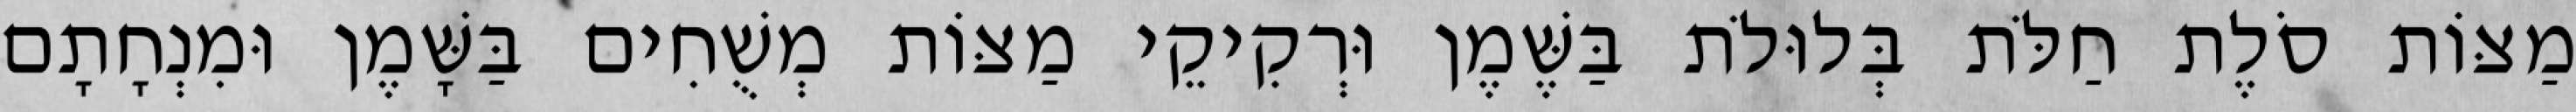
מַצּוֹת סֹלֶת חַלֹּת בְּלוּלֹת בַּשֶּׁמֶן וּרְקִיקֵי מַצּוֹת מְשֻׁחִים בַּשָּׁמֶן וּמִנְחָתָם